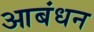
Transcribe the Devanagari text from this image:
आबंधन